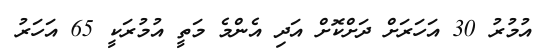
އުމުރު 30 އަހަރަށް ދަށްކޮށް އަދި އެންމެ މަތީ އުމުރަކީ 65 އަހަރު